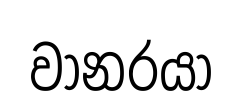
වානරයා